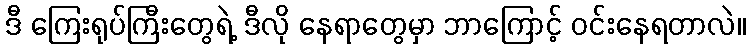
ဒီ ကြေးရုပ်ကြီးတွေရဲ့ ဒီလို နေရာတွေမှာ ဘာကြောင့် ဝင်းနေရတာလဲ။